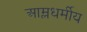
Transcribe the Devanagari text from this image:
आम्लधर्मीय